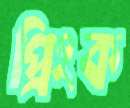
প্রিংক